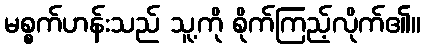
မစ္စက်ဟန်းသည် သူ့ကို စိုက်ကြည့်လိုက်၏။